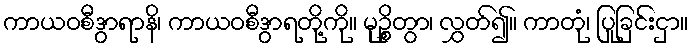
ကာယဝစီဒွာရာနိ၊ ကာယဝစီဒွာရတို့ကို။ မုဉ္စိတွာ၊ လွှတ်၍။ ကာတုံ၊ ပြုခြင်းငှာ။